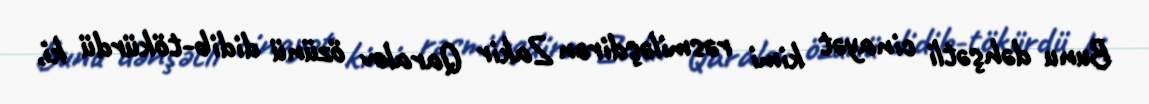
Bunu dəhşətli cinayət kimi rəsmiləşdirən Zakir Qaralov özünü didib-tökürdü ki,